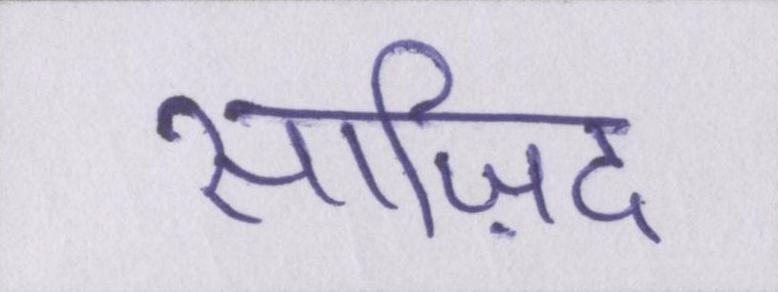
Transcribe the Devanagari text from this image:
साज़िद